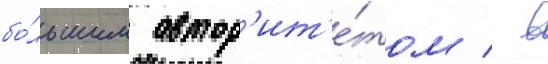
бо́льшим автор'ит'е́том / в